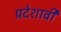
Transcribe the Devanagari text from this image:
प्रदेशावी